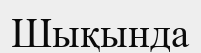
Шықында